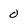
Character: 0